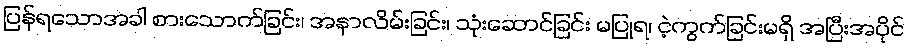
ပြန်ရသောအခါ စားသောက်ခြင်း၊ အနာလိမ်းခြင်း၊ သုံးဆောင်ခြင်း မပြုရ၊ ငဲ့ကွက်ခြင်းမရှိ အပြီးအပိုင်